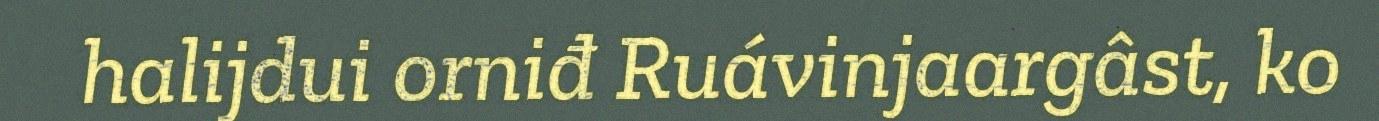
halijdui orniđ Ruávinjaargâst, ko